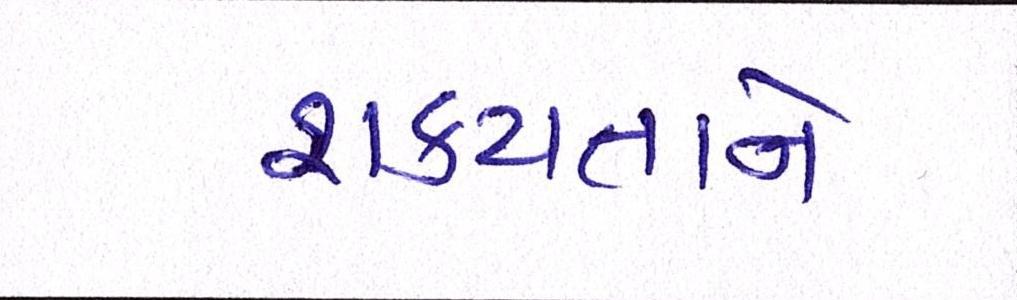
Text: શક્યતાને